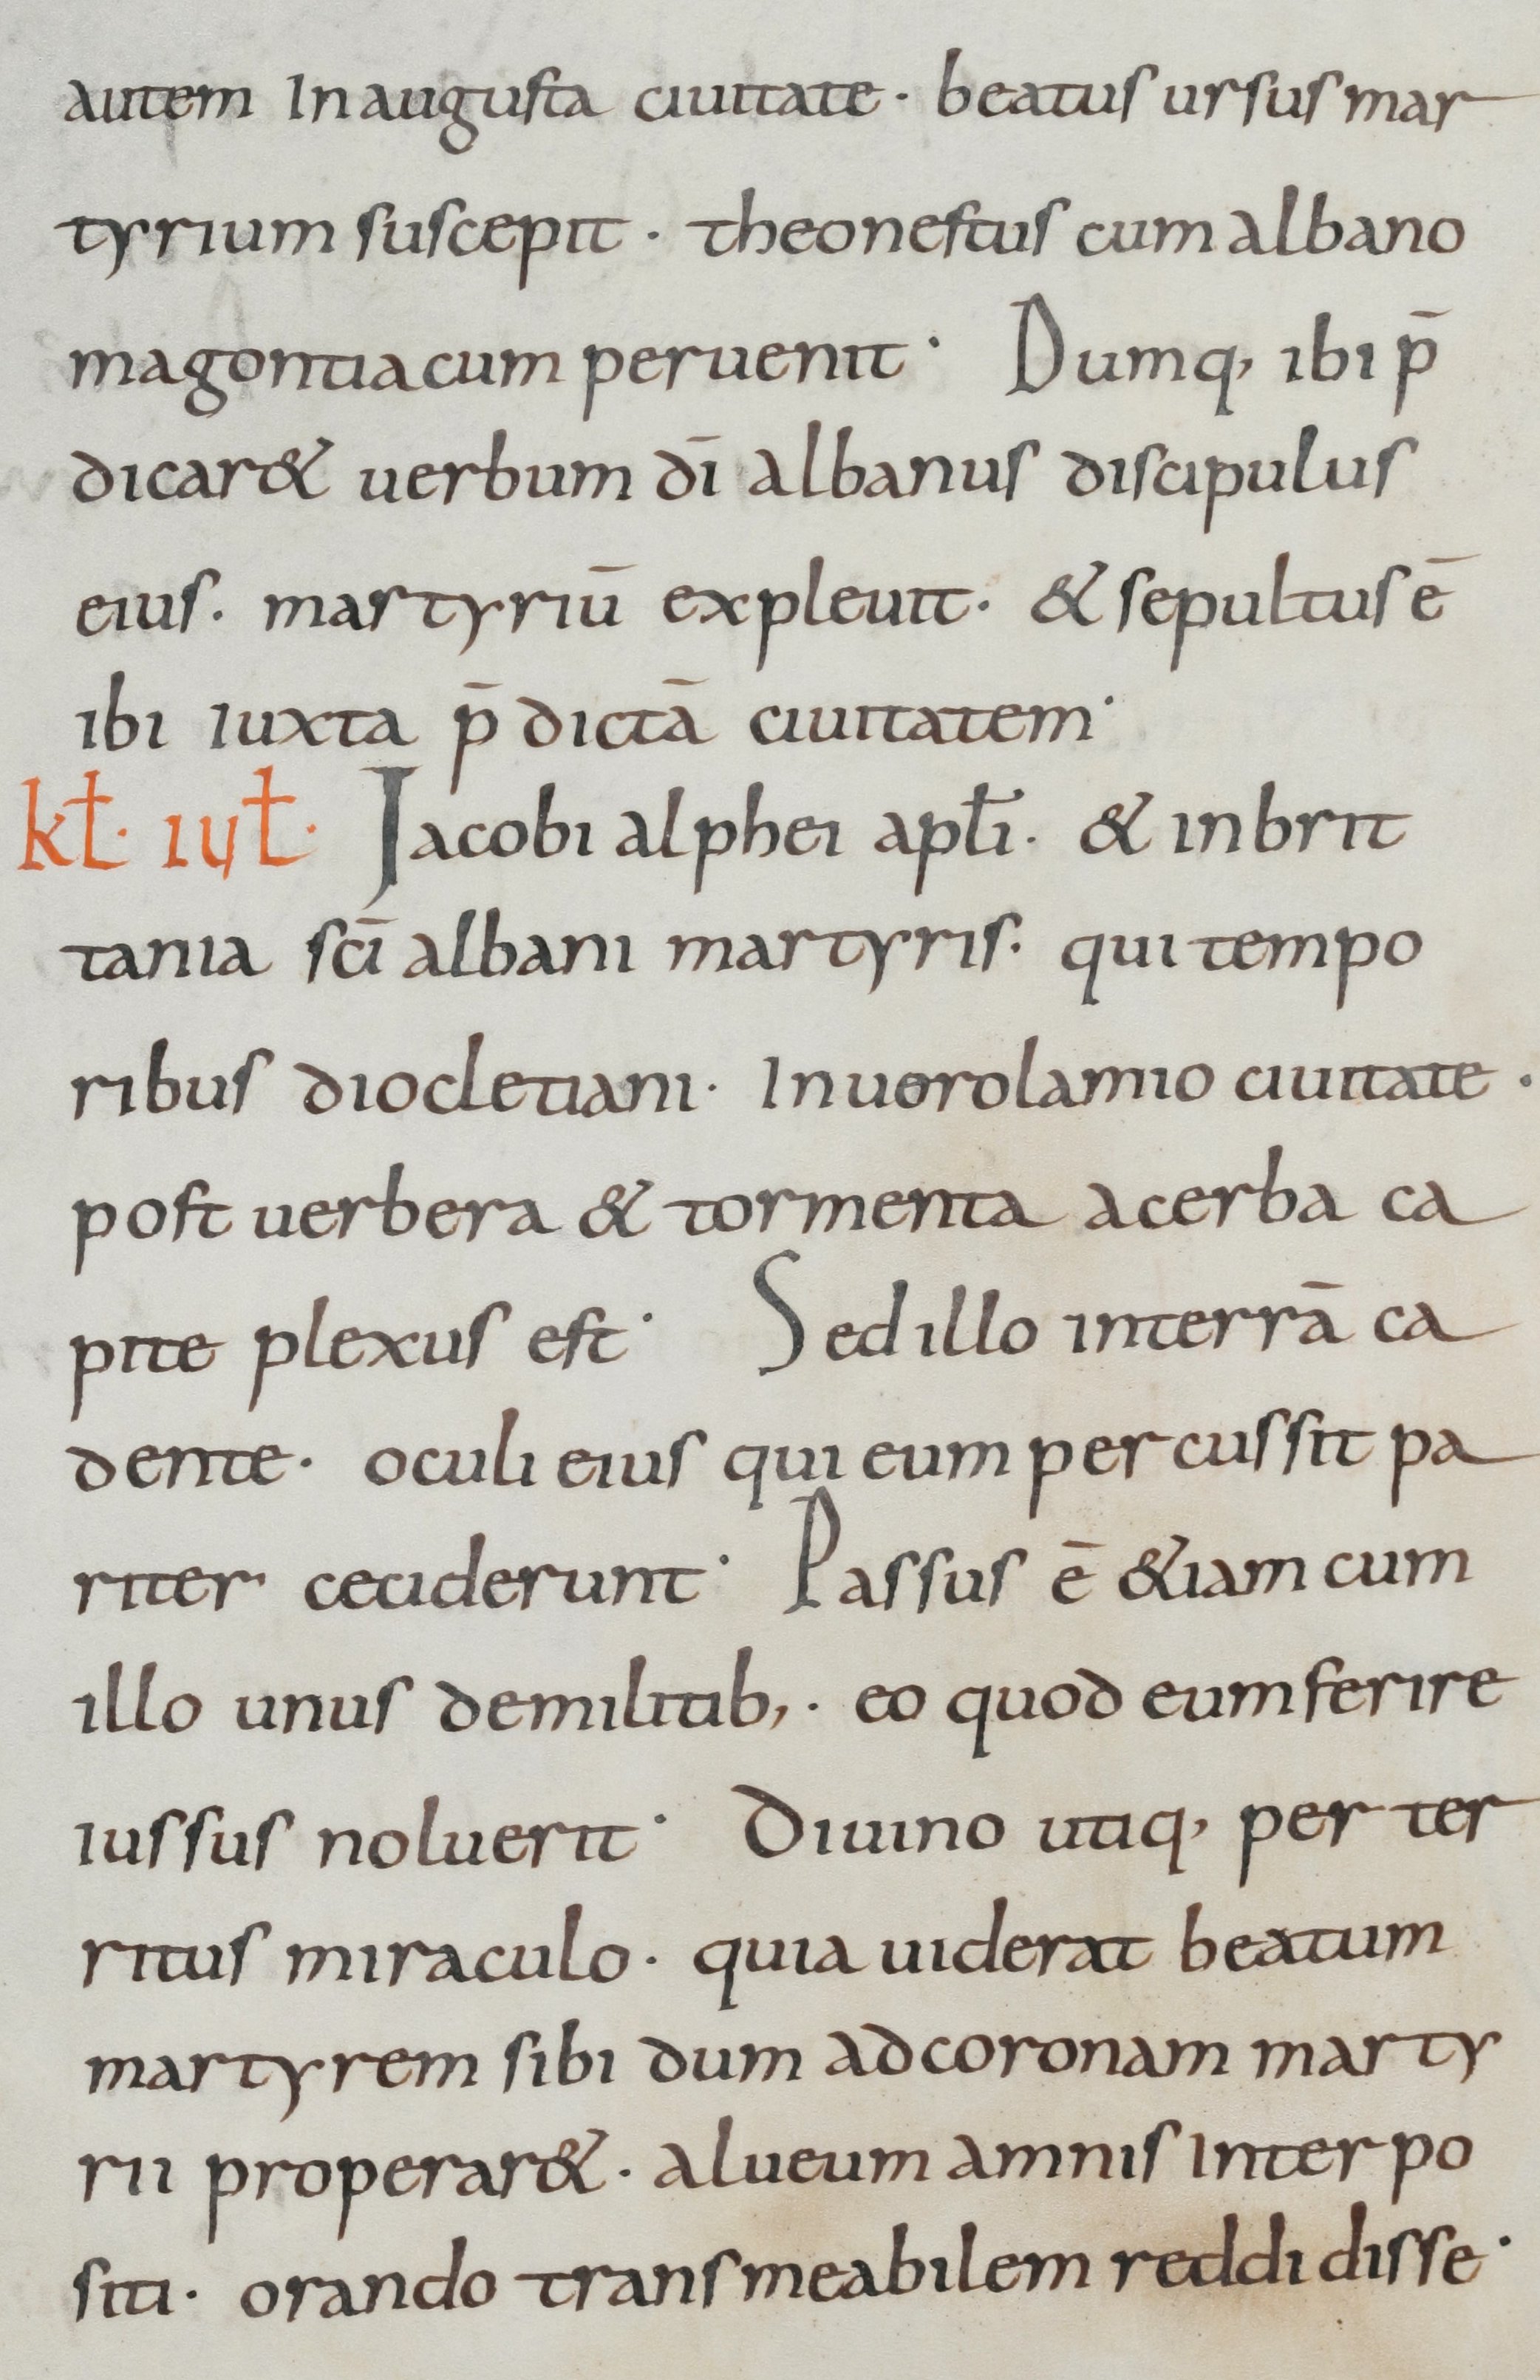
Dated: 800–899